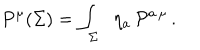
P ^ { \mu } ( \Sigma ) = \int _ { \Sigma } \; \; \eta _ { a } \, { \cal P } ^ { a \, \mu } \, .